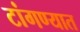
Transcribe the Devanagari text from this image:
टांगण्यात